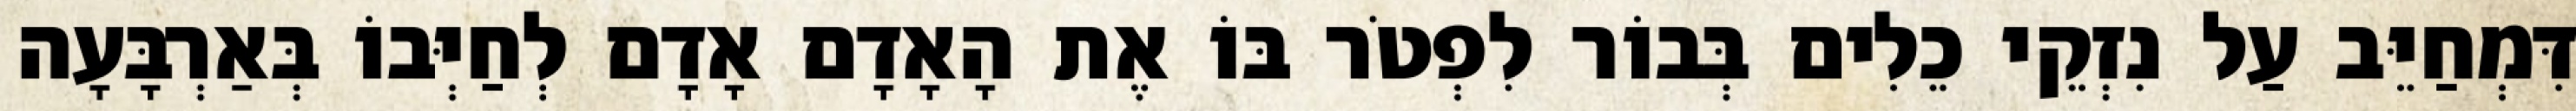
דִּמְחַיֵּב עַל נִזְקֵי כֵלִים בְּבוֹר לִפְטֹר בּוֹ אֶת הָאָדָם אָדָם לְחַיְּבוֹ בְּאַרְבָּעָה